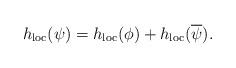
LaTeX: \begin{align*}h_{\mathrm{loc}}(\psi)=h_{\mathrm{loc}}(\phi)+h_{\mathrm{loc}}(\overline{\psi}).\end{align*}